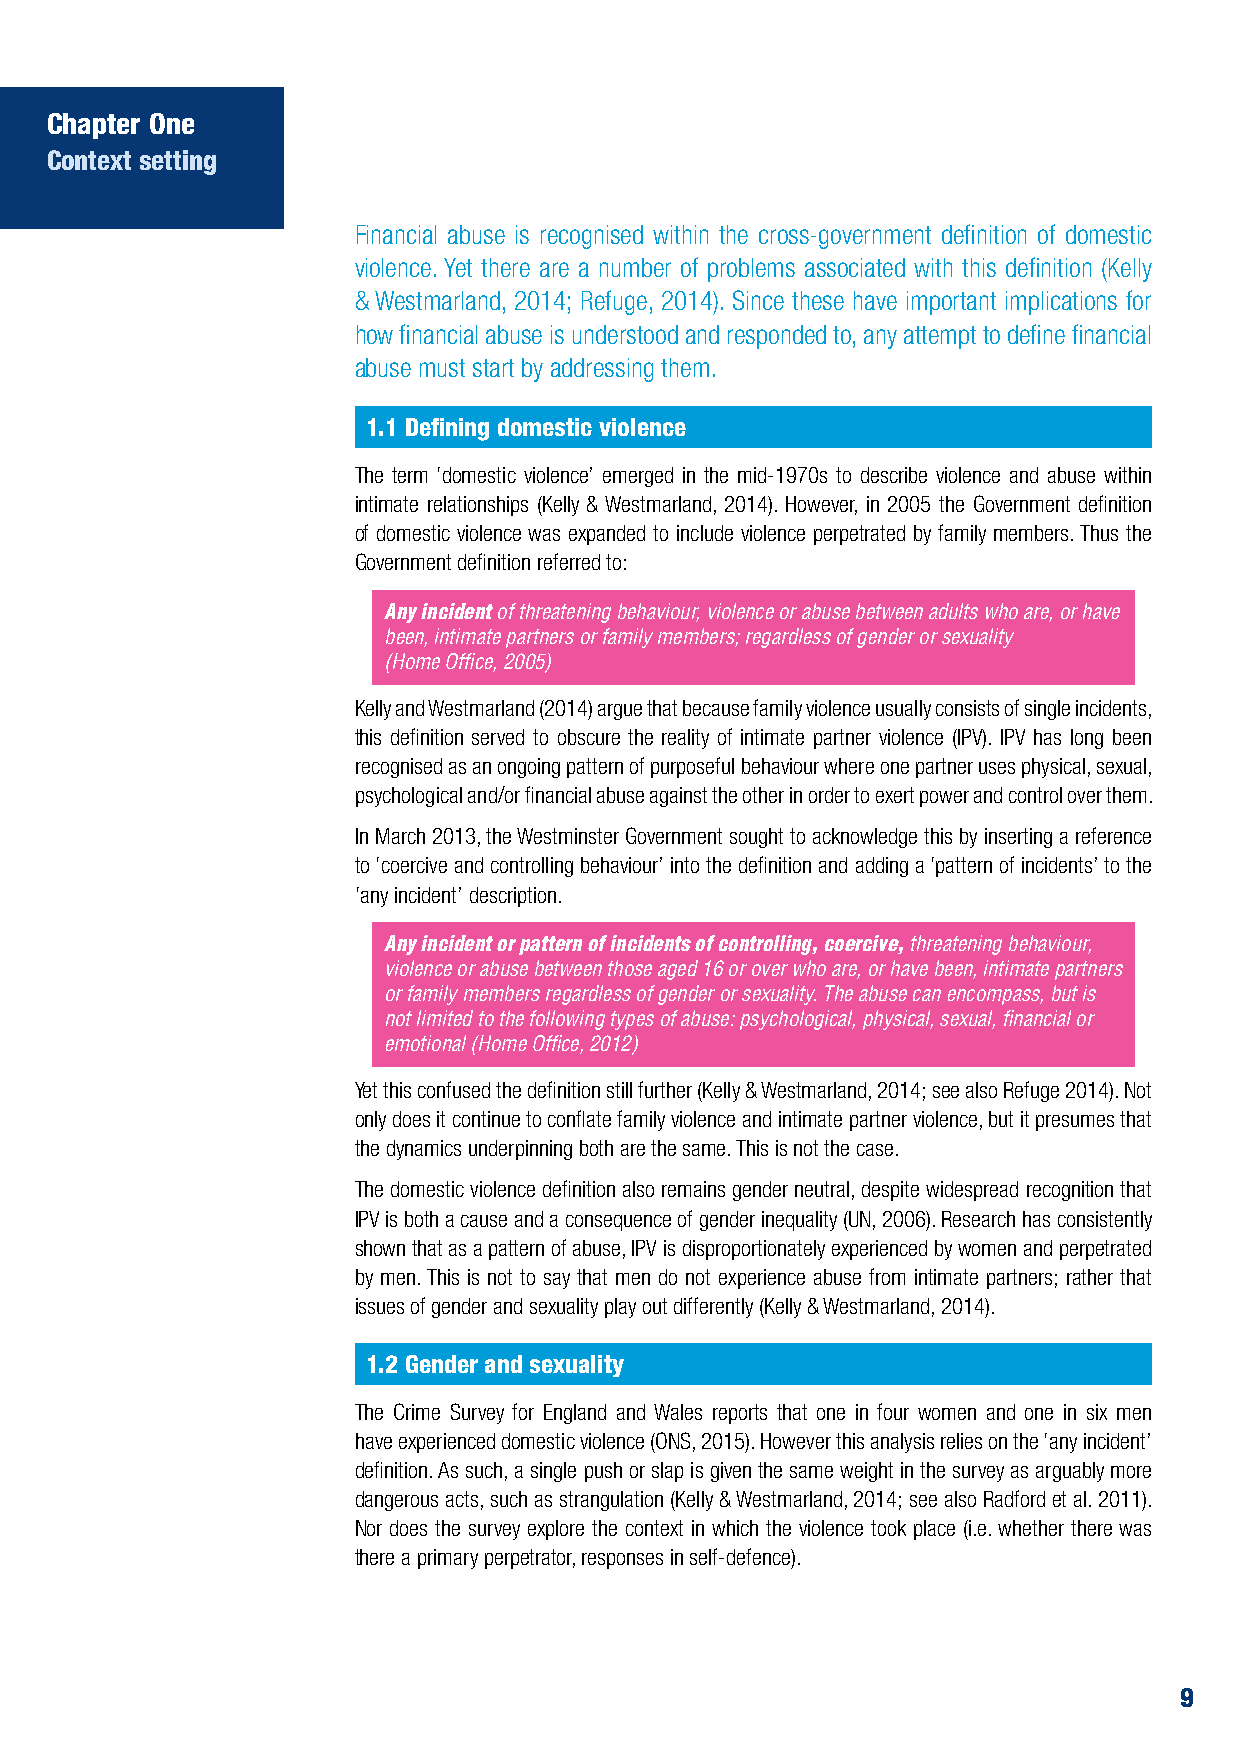
Chapter One
 Context setting
 Financial abuse is recognised within the cross-government definition of domestic
 violence. Yet there are a number of problems associated with this definition (Kelly
 & Westmarland, 2014; Refuge, 2014). Since these have important implications for
 how financial abuse is understood and responded to, any attempt to define financial
 abuse must start by addressing them.
 1.1 Defining domestic violence
 The term ‘domestic violence’ emerged in the mid-1970s to describe violence and abuse within
 intimate relationships (Kelly & Westmarland, 2014). However, in 2005 the Government definition
 of domestic violence was expanded to include violence perpetrated by family members. Thus the
 Government definition referred to:
 Any incident of threatening behaviour, violence or abuse between adults who are, or have
 been, intimate partners or family members; regardless of gender or sexuality
 (Home Office, 2005)
 Kelly and Westmarland (2014) argue that because family violence usually consists of single incidents,
 this definition served to obscure the reality of intimate partner violence (IPV). IPV has long been
 recognised as an ongoing pattern of purposeful behaviour where one partner uses physical, sexual,
 psychological and/or financial abuse against the other in order to exert power and control over them.
 In March 2013, the Westminster Government sought to acknowledge this by inserting a reference
 to ‘coercive and controlling behaviour’ into the definition and adding a ‘pattern of incidents’ to the
 ‘any incident’ description.
 Any incident or pattern of incidents of controlling, coercive, threatening behaviour,
 violence or abuse between those aged 16 or over who are, or have been, intimate partners
 or family members regardless of gender or sexuality. The abuse can encompass, but is
 not limited to the following types of abuse: psychological, physical, sexual, financial or
 emotional (Home Office, 2012)
 Yet this confused the definition still further (Kelly & Westmarland, 2014; see also Refuge 2014). Not
 only does it continue to conflate family violence and intimate partner violence, but it presumes that
 the dynamics underpinning both are the same. This is not the case.
 The domestic violence definition also remains gender neutral, despite widespread recognition that
 IPV is both a cause and a consequence of gender inequality (UN, 2006). Research has consistently
 shown that as a pattern of abuse, IPV is disproportionately experienced by women and perpetrated
 by men. This is not to say that men do not experience abuse from intimate partners; rather that
 issues of gender and sexuality play out differently (Kelly & Westmarland, 2014).
 1.2 Gender and sexuality
 The Crime Survey for England and Wales reports that one in four women and one in six men
 have experienced domestic violence (ONS, 2015). However this analysis relies on the ‘any incident’
 definition. As such, a single push or slap is given the same weight in the survey as arguably more
 dangerous acts, such as strangulation (Kelly & Westmarland, 2014; see also Radford et al. 2011).
 Nor does the survey explore the context in which the violence took place (i.e. whether there was
 there a primary perpetrator, responses in self-defence).
 9